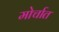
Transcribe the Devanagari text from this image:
मोर्चात